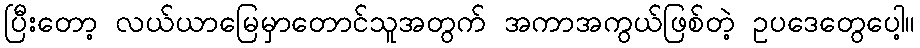
ပြီးတော့ လယ်ယာမြေမှာတောင်သူအတွက် အကာအကွယ်ဖြစ်တဲ့ ဥပဒေတွေပေါ့။